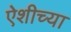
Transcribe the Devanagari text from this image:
ऐशीच्या